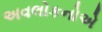
અવલોકનોએ